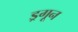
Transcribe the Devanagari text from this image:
ड्रगून